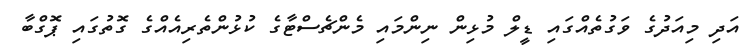
އަދި މިއަދުގެ ވަގުތެއްގައި ޑީލް މުޅިން ނިންމައި މެންޗެސްޓާގެ ކުޅުންތެރިއެއްގެ ގޮތުގައި ޕޮގްބާ